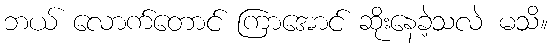
ဘယ် လောက်တောင် ကြာအောင် ဆိုးနေခဲ့သလဲ မသိ။